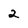
Character: 2